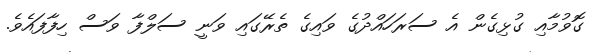
ގޮވުމާއި ގުޅިގެން އެ ސަރަހައްދުގެ ވައިގެ ތެރޭގައި ވަނީ ސަލްފާ ވަސް ހިފާފައެވެ.